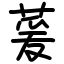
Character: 萲